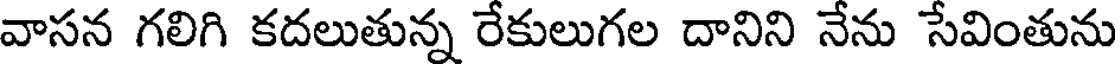
వాసన గలిగి కదలుతున్న రేకులుగల దానిని నేను సేవింతును